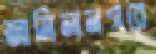
জামিলনগরে